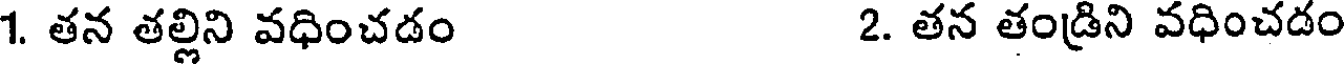
1. తన తల్లిని వధించడం 2. తన తండ్రిని వధించడం